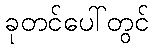
ခုတင်ပေါ်တွင်